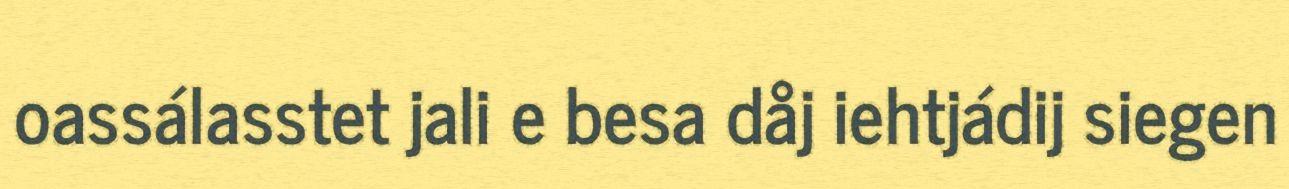
oassálasstet jali e besa dåj iehtjádij siegen